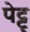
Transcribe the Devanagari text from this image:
पेट्ट्